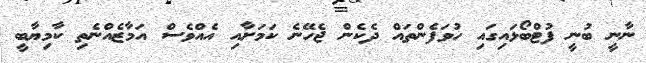
ނާނީ ބުނީ ފުޓްބޯޅައިގައި ހުވަފެންތައް ދެކެން ޖެހޭނެ ކަމަށާއި އެއްވެސް އަމާޒެއްނެތި ކާމިޔާބީ